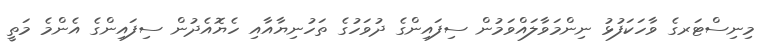
މިނިސްޓަރގެ ވާހަކަފުޅު ނިންމަވާލައްވަމުން ސިފައިންގެ ދުވަހުގެ ތަހުނިޔާއާއި ހެޔޮއެދުން ސިފައިންގެ އެންމެ މަތީ